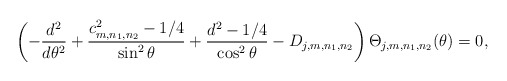
\begin{align*}\left( -\frac{d^{2}}{d\theta ^{2}}+ \frac{c_{m,n_1,n_2}^{2}-1/4}{\sin ^{2}\theta} + \frac{d^2-1/4}{\cos^2 \theta} -D_{j,m,n_1,n_2}\right) \Theta_{j,m,n_1,n_2} (\theta )= 0, \end{align*}